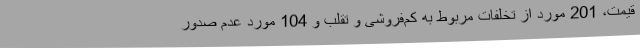
قیمت، 201 مورد از تخلفات مربوط به کم‌فروشی و تقلب و 104 مورد عدم صدور